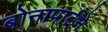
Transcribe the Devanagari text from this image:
बोनापार्टने